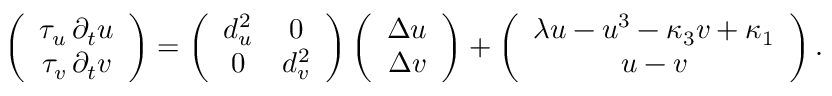
\left( { \begin{array} { c } { \tau _ { u } \, \partial _ { t } u } \\ { \tau _ { v } \, \partial _ { t } v } \end{array} } \right) = \left( { \begin{array} { c c } { d _ { u } ^ { 2 } } & { 0 } \\ { 0 } & { d _ { v } ^ { 2 } } \end{array} } \right) \left( { \begin{array} { c } { \Delta u } \\ { \Delta v } \end{array} } \right) + \left( { \begin{array} { c } { \lambda u - u ^ { 3 } - \kappa _ { 3 } v + \kappa _ { 1 } } \\ { u - v } \end{array} } \right) .